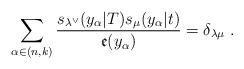
LaTeX: \begin{align*}\sum_{\alpha \in (n,k)}\frac{s_{\lambda ^{\vee }}(y_{\alpha }|T)s_{\mu}(y_{\alpha }|t)}{\mathfrak{e}(y_{\alpha })}=\delta _{\lambda \mu }\;.\end{align*}